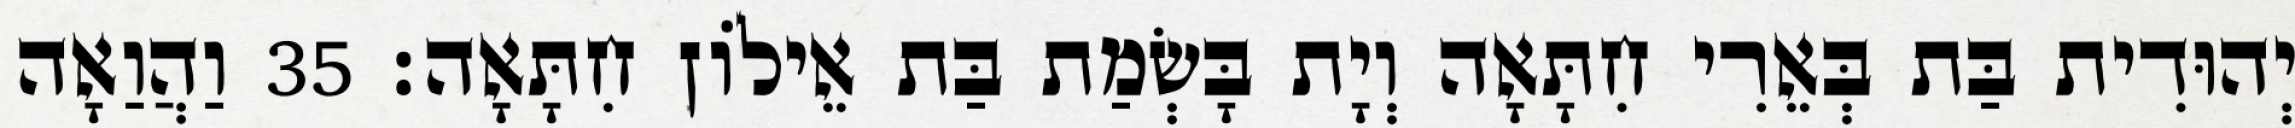
יְהוּדִית בַּת בְּאֵרִי חִתָּאָה וְיָת בָּשְׂמַת בַּת אֵילוֹן חִתָּאָה׃ 35 וַהֲוַאָה